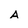
Character: A